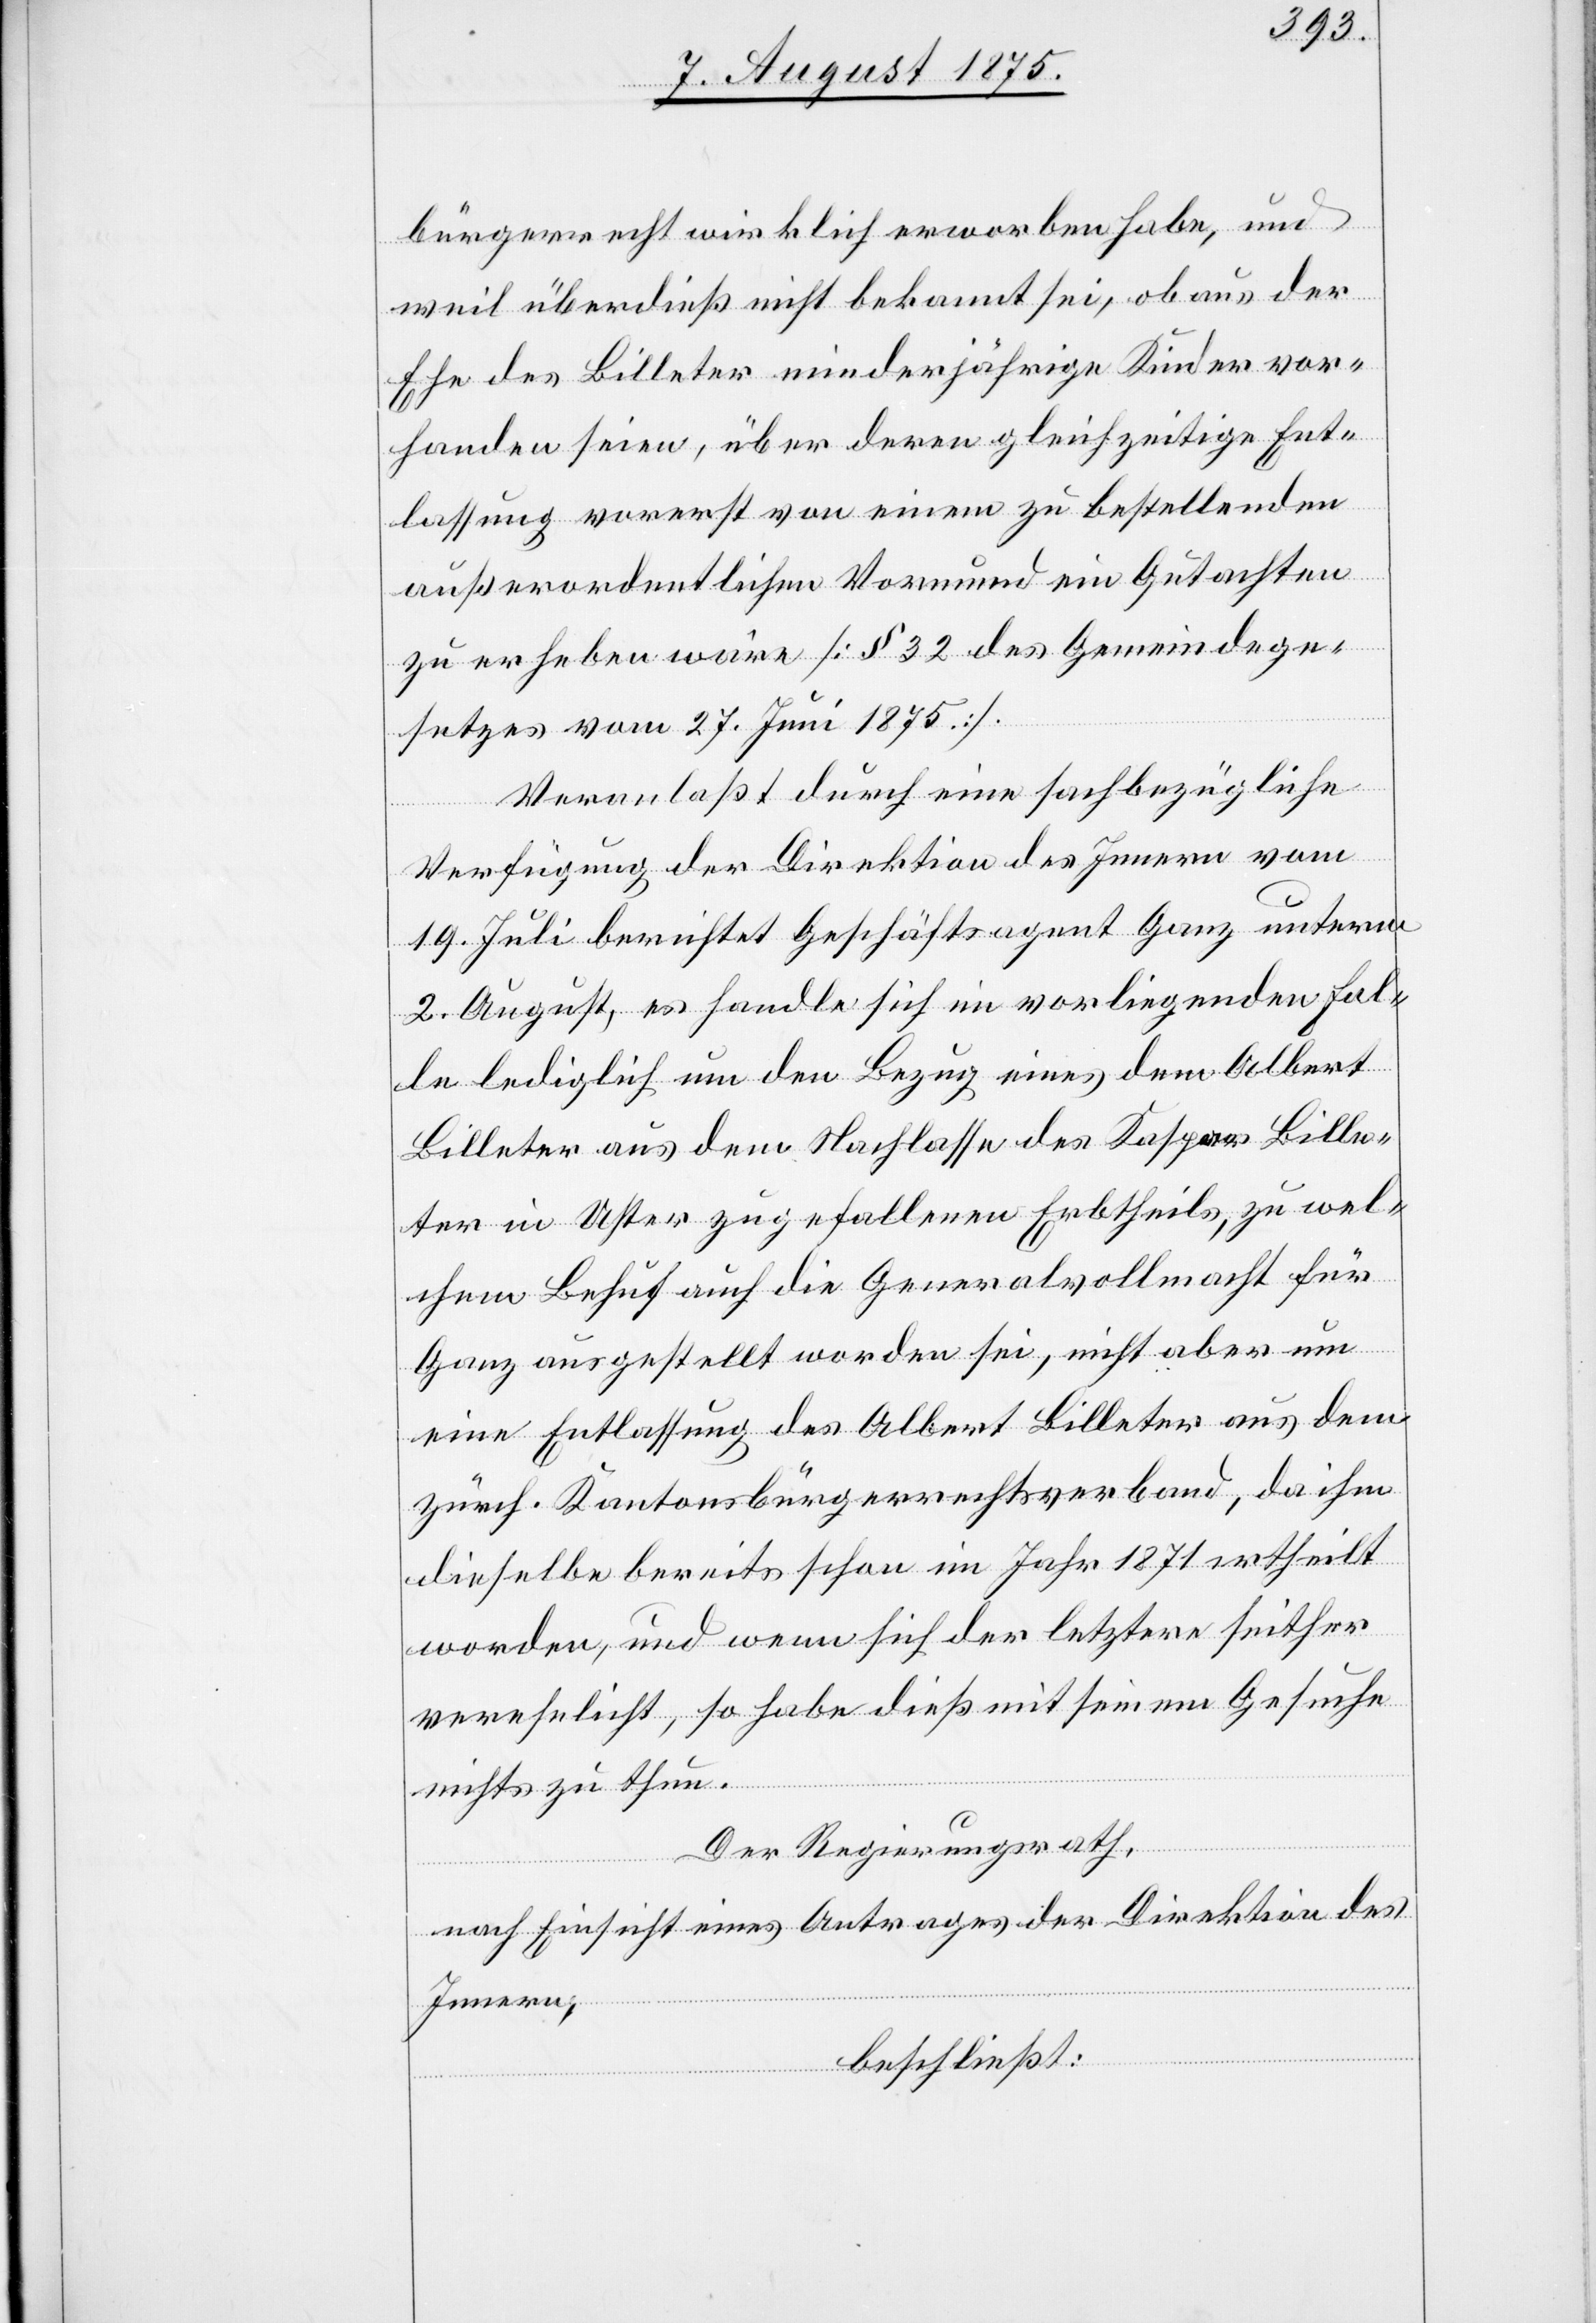
bürgerrecht wirklich erworben habe, und
weil überdieß nicht bekannt sei, ob aus der
Ehe des Billeter minderjährige Kinder vor¬
handen seien, über deren gleichzeitige Ent¬
lassung vorerst von einem zu bestellenden
außerordentlichen Vormund ein Gutachten
zu erheben wäre [§ 32 des Gemeindege¬
setzes vom 27. Juni 1875].
Veranlaßt durch eine sachbezügliche
Verfügung der Direktion des Innern vom
19. Juli berichtet Geschäftsagent Ganz unterm
2. August, es handle sich im vorliegenden Fal¬
le lediglich um den Bezug eines dem Albert
Billeter aus dem Nachlasse des Kaspar Bille¬
ter in Uster zugefallenen Erbtheils, zu wel¬
chem Behuf auch die Generalvollmach für
Ganz ausgestellt worden sei, nicht aber um
eine Entlassung des Albert Billeter aus dem
zürch. Kantonsbürgerrechtsverband, da ihm
dieselbe bereits schon im Jahr 1871 ertheilt
worden, und wenn sich der letztere seither
verehelicht, so habe dieß mit seinem Gesuche
nichts zu thun.
Der Regierungsrath,
nach Einsicht eines Antrages der Direktion des
Innern,